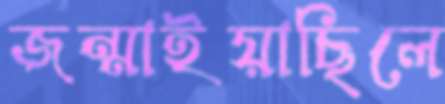
জন্মাইয়াছিলে